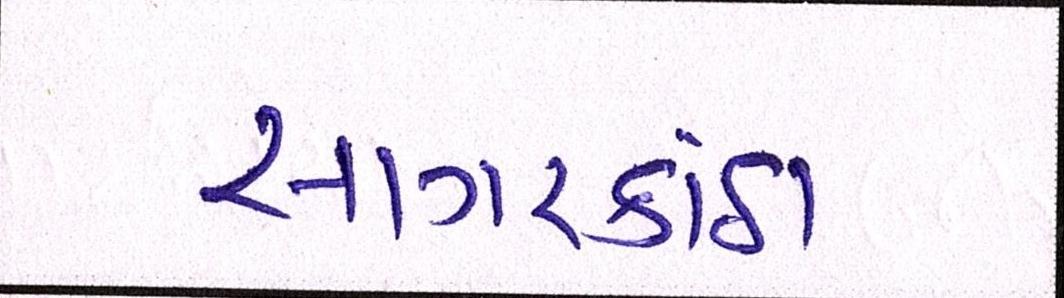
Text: સાગરકાંઠા